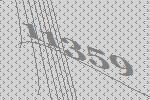
11359